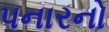
પનારનો